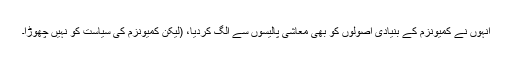
انہوں نے کمیونزم کے بنیادی اصولوں کو بھی معاشی پالیسوں سے الگ کردیا، (لیکن کمیونزم کی سیاست کو نہیں چھوڑا۔